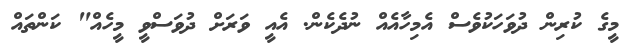
މީގެ ކުރިން ދުވަހަކުވެސް އެމިހާއެއް ނުދެކެން. އެއީ ވަރަށް ދުވަސްވީ މީހެއް" ކަންތައް